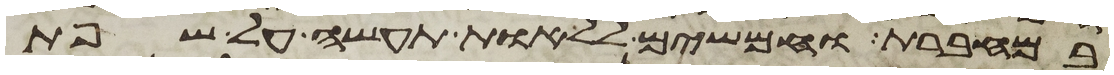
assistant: במחברת וחמשים ללאות תעשה על שפת